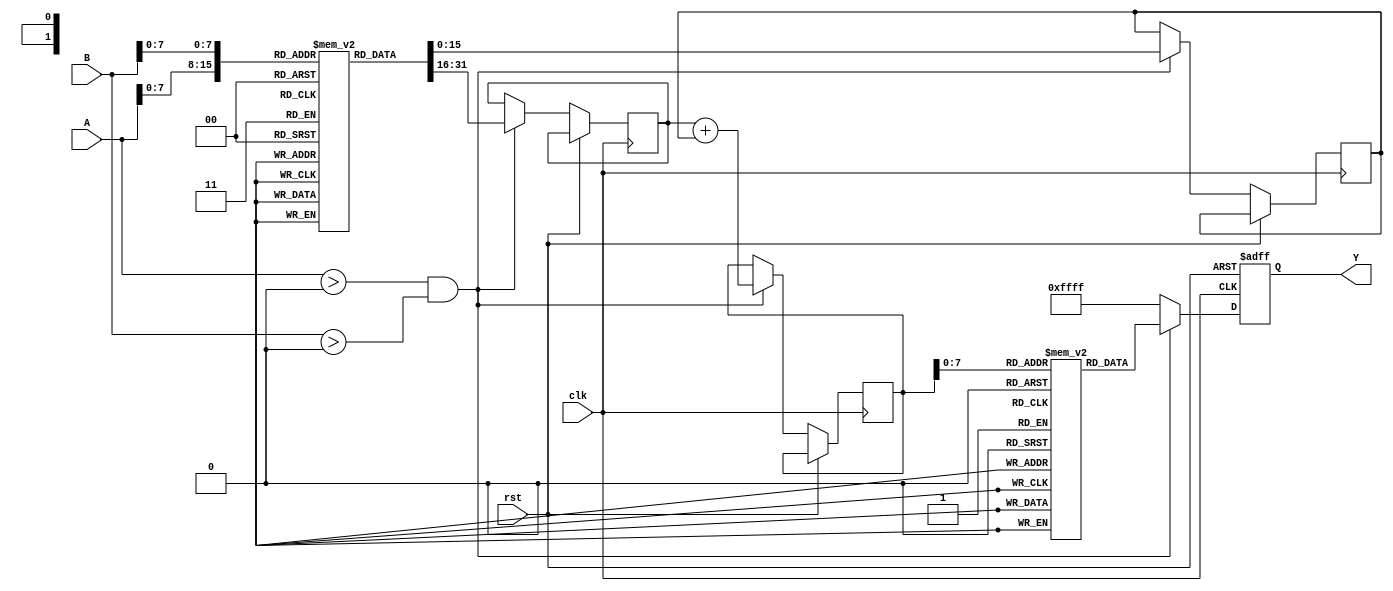
module LogarithmicMultiplier(
    input wire [15:0] A,  // Input operand A (fixed-point representation)
    input wire [15:0] B,  // Input operand B (fixed-point representation)
    output reg [15:0] Y,  // Output result (fixed-point representation)
    input wire clk,       // Clock signal
    input wire rst        // Reset signal
);

    // Logarithm and Exponential LUTs (for simplicity, these are just examples)
    reg [15:0] log_lut [0:255]; // Logarithm LUT
    reg [15:0] exp_lut [0:255]; // Exponential LUT

    // Initialize LUTs (this should be done in a separate initialization block)
    initial begin
        // Populate log_lut and exp_lut with appropriate values
        // Example values for demonstration purposes
        log_lut[0] = 16'h0000; // log(1) = 0
        log_lut[1] = 16'h0000; // log(0) is undefined, handle separately
        // Add more values...
        
        exp_lut[0] = 16'h0001; // exp(0) = 1
        exp_lut[1] = 16'h0002; // exp(1) = 2
        // Add more values...
    end

    // Internal signals
    reg [15:0] logA;
    reg [15:0] logB;
    reg [15:0] logSum;

    // Control logic
    always @(posedge clk or posedge rst) begin
        if (rst) begin
            Y <= 16'h0000; // Reset output
        end else begin
            // Logarithm calculation
            if (A > 0 && B > 0) begin
                logA <= log_lut[A[7:0]]; // Assume A is in range [0, 255]
                logB <= log_lut[B[7:0]]; // Assume B is in range [0, 255]
                
                // Addition of logarithms
                logSum <= logA + logB;

                // Exponential calculation
                Y <= exp_lut[logSum[7:0]]; // Assume logSum is in range [0, 255]
            end else begin
                Y <= 16'hFFFF; // Error code for invalid input (log(0) or log(negative))
            end
        end
    end

endmodule